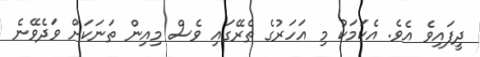
ދީފައިވެ އެވެ. އެކަމަކު މި އަހަރުގެ ތެރޭގައި ވެސް މިއިން ތަނަކަށް ވަދެވޭނެ